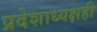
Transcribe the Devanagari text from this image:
प्रदेशाध्यक्षही